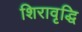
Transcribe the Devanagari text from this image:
शिरावृद्धि